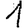
Digit: 1